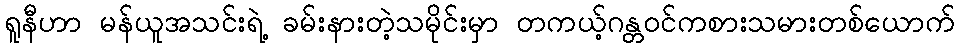
ရူနီဟာ မန်ယူအသင်းရဲ့ ခမ်းနားတဲ့သမိုင်းမှာ တကယ့်ဂန္တဝင်ကစားသမားတစ်ယောက်